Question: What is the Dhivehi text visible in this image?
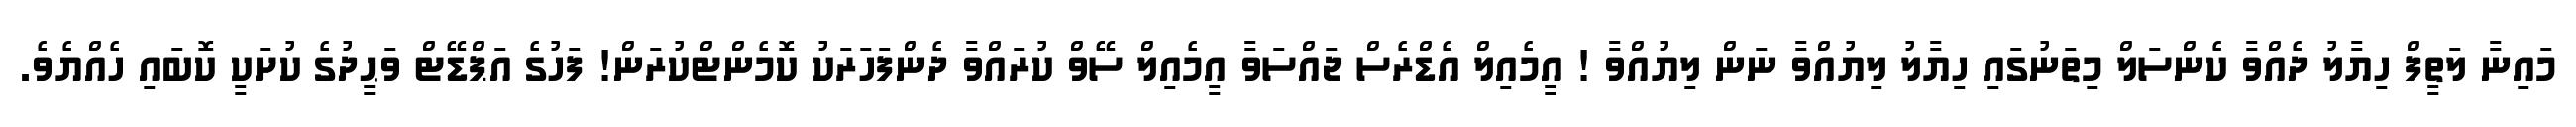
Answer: މައިނާ ލަތީފް ހިޔާލު ދެއްވާ ކެންސަލް މިތަނުގައި ހިޔާލު ލިޔުއްވާ ނަން ލިޔުއްވާ ! އީމެއިލް އެޑްރެސް ޖައްސަވާ އީމެއިލް ސޭވް ކުރައްވާ ދެންފަހަރަކު ކޮމެންޓްކުރަން! ފަހުގެ އަޕްޑޭޓް ވަޙީދުގެ ކުށަކީ ކޮބައި ހެއްޔެވެ.